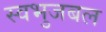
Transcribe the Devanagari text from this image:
स्वभुजबल